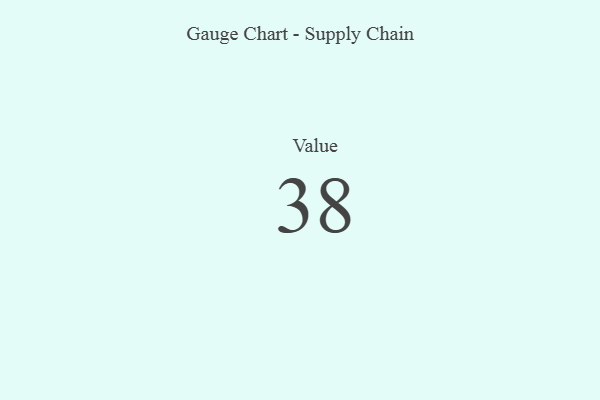
{"axis": {"x": "Metric", "y": "Value"}, "legend": [""], "data": [{"x": "Value", "y": 38, "type": ""}]}